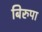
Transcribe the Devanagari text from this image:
बिरुपा